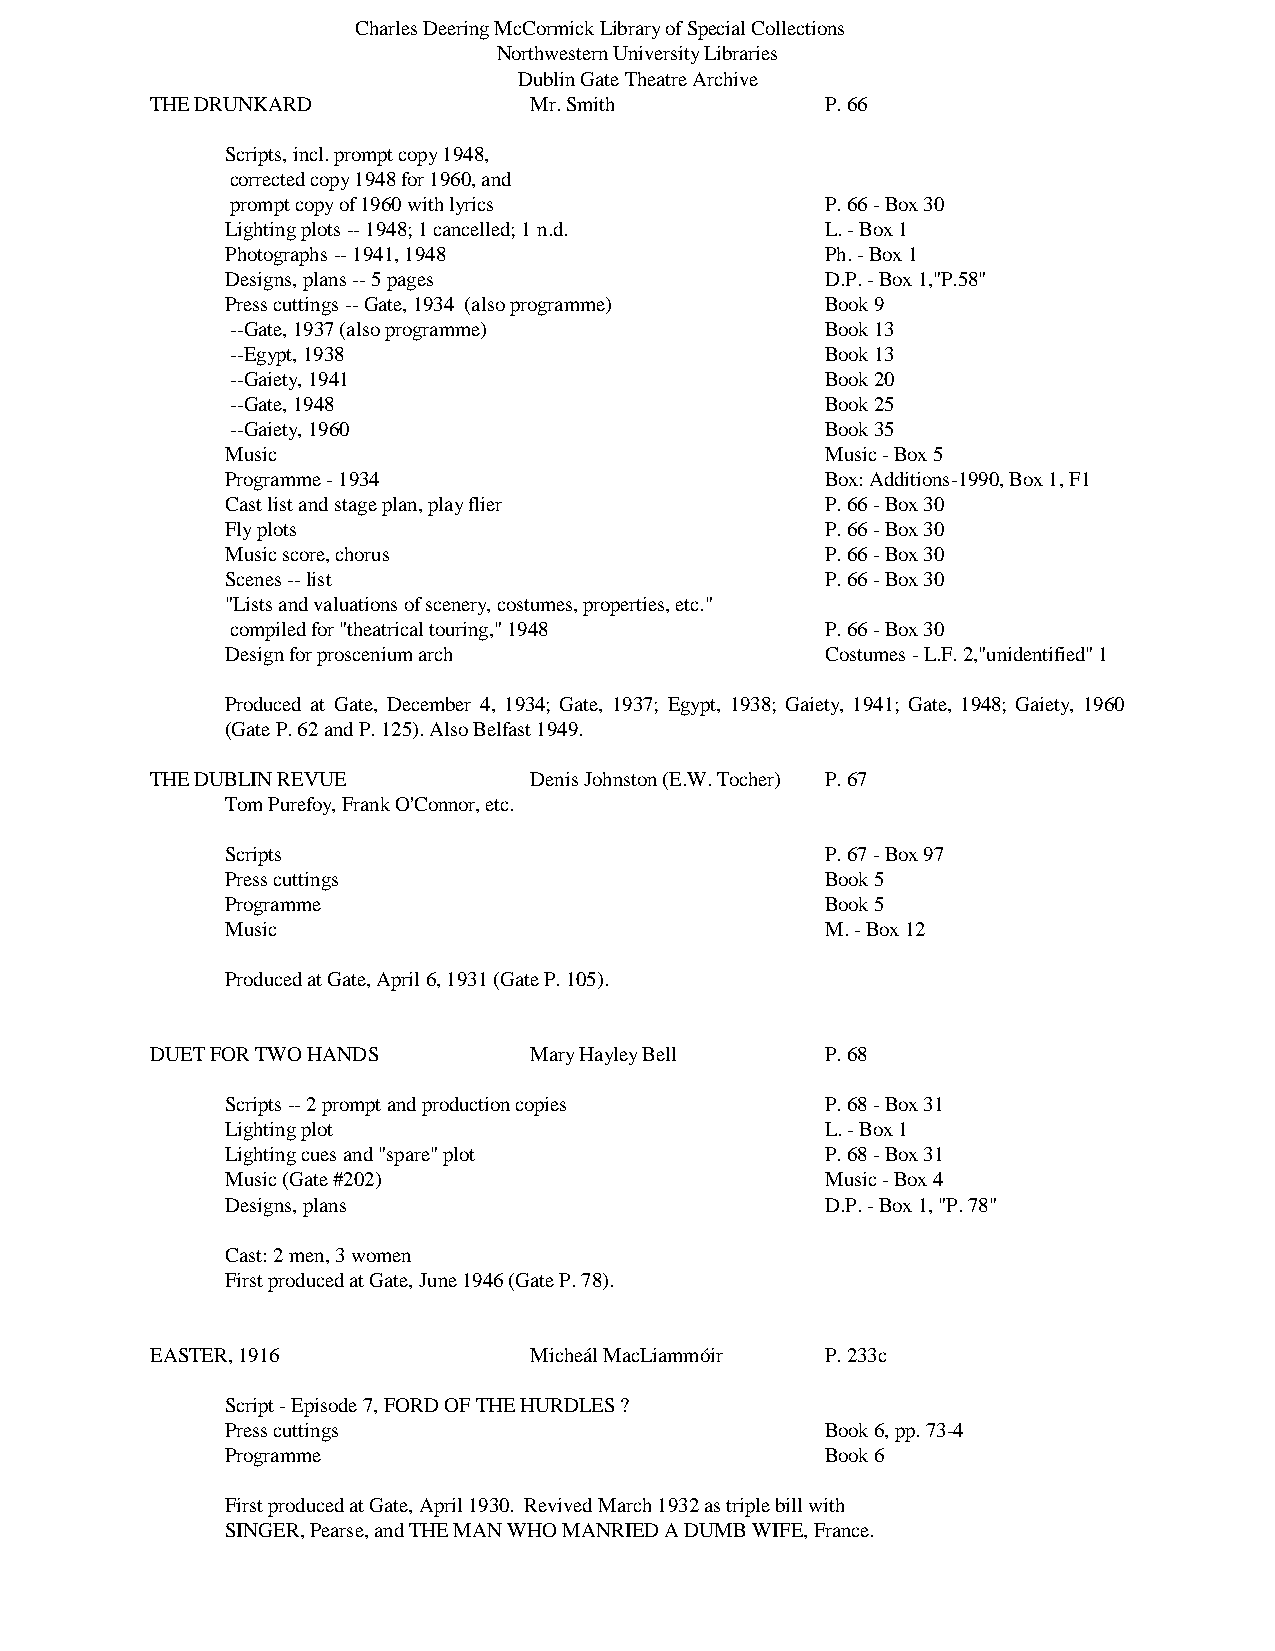
Charles Deering McCormick Library of Special Collections
 Northwestern University Libraries
 Dublin Gate Theatre Archive
 THE DRUNKARD             Mr. Smith           P. 66
 Scripts, incl. prompt copy 1948,
 corrected copy 1948 for 1960, and
 prompt copy of 1960 with lyrics         P. 66 - Box 30
 Lighting plots -- 1948; 1 cancelled; 1 n.d. L. - Box 1
 Photographs -- 1941, 1948               Ph. - Box 1
 Designs, plans -- 5 pages               D.P. - Box 1,"P.58"
 Press cuttings -- Gate, 1934 (also programme) Book 9
 --Gate, 1937 (also programme)           Book 13
 --Egypt, 1938                           Book 13
 --Gaiety, 1941                          Book 20
 --Gate, 1948                            Book 25
 --Gaiety, 1960                          Book 35
 Music                                   Music - Box 5
 Programme - 1934                        Box: Additions-1990, Box 1, F1
 Cast list and stage plan, play flier    P. 66 - Box 30
 Fly plots                               P. 66 - Box 30
 Music score, chorus                     P. 66 - Box 30
 Scenes -- list                          P. 66 - Box 30
 "Lists and valuations of scenery, costumes, properties, etc."
 compiled for "theatrical touring," 1948 P. 66 - Box 30
 Design for proscenium arch              Costumes - L.F. 2,"unidentified" 1
 Produced at Gate, December 4, 1934; Gate, 1937; Egypt, 1938; Gaiety, 1941; Gate, 1948; Gaiety, 1960
 (Gate P. 62 and P. 125). Also Belfast 1949.
 THE DUBLIN REVUE         Denis Johnston (E.W. Tocher) P. 67
 Tom Purefoy, Frank O'Connor, etc.
 Scripts                                 P. 67 - Box 97
 Press cuttings                          Book 5
 Programme                               Book 5
 Music                                   M. - Box 12
 Produced at Gate, April 6, 1931 (Gate P. 105).
 DUET FOR TWO HANDS       Mary Hayley Bell    P. 68
 Scripts -- 2 prompt and production copies P. 68 - Box 31
 Lighting plot                           L. - Box 1
 Lighting cues and "spare" plot          P. 68 - Box 31
 Music (Gate #202)                       Music - Box 4
 Designs, plans                          D.P. - Box 1, "P. 78"
 Cast: 2 men, 3 women
 First produced at Gate, June 1946 (Gate P. 78).
 EASTER, 1916             Micheál MacLiammóir P. 233c
 Script - Episode 7, FORD OF THE HURDLES ?
 Press cuttings                          Book 6, pp. 73-4
 Programme                               Book 6
 First produced at Gate, April 1930. Revived March 1932 as triple bill with
 SINGER, Pearse, and THE MAN WHO MANRIED A DUMB WIFE, France.